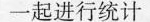
一起进行统计